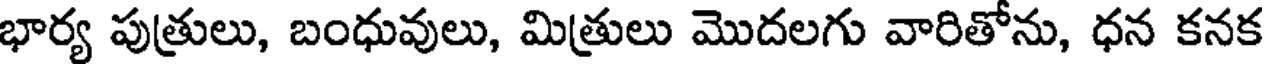
భార్య పుత్రులు, బంధువులు, మిత్రులు మొదలగు వారితోను, ధన కనక